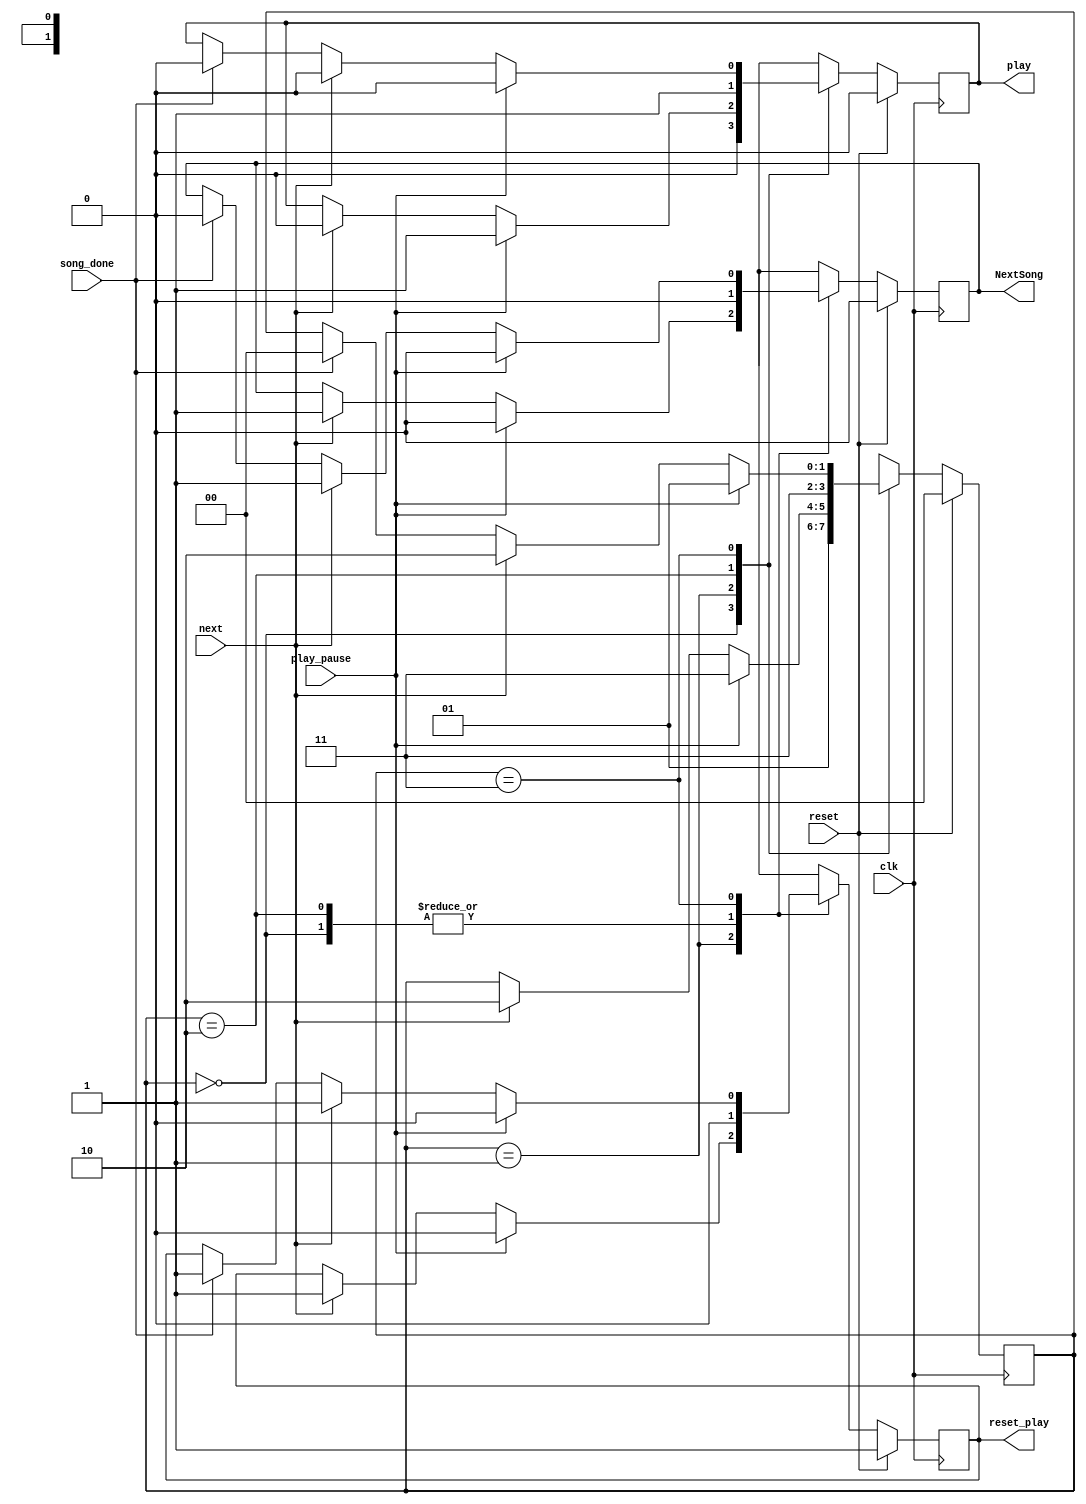
////////////////////////////////////////////////////////////////////////////////
// Company: zju
////////////////////////////////////////////////////////////////////////////////

module mcu_controler(clk,reset,play_pause,next,play,reset_play,song_done,NextSong);
	parameter RESET = 2'b00, PAUSE = 2'b01, NEXT = 2'b10, PLAY = 2'b11;
	input clk,reset,play_pause,next,song_done;
	output reg play,reset_play,NextSong;
	reg[1:0] state = RESET;			//initialization
	
	always @(posedge clk) begin
		if(reset) begin
			state = RESET; play = 0; NextSong = 0; reset_play = 1;
		end
		else begin
			case(state)
				RESET: begin
					state = PAUSE; play = 0; NextSong = 0; reset_play = 0;
				end
				PAUSE: begin
					if(play_pause) begin
						state = PLAY; play = 1; NextSong = 0; reset_play = 0;
					end
					else if(next) begin
						state = NEXT; play = 0; NextSong = 1; reset_play = 1;
					end
				end
				NEXT: begin
					state = PLAY; play = 1; NextSong = 0; reset_play = 0;
				end
				PLAY: begin
					if(play_pause) begin
						state = PAUSE; play = 0; NextSong = 0; reset_play = 0;
					end
					else if(next) begin
						state = NEXT; NextSong = 1; play = 0; reset_play = 1;
					end
					else if(song_done) begin
                        state = RESET; NextSong = 0; play = 0; reset_play = 1;
                    end
				end
				default: begin
					state = PAUSE; NextSong = 0; play = 0; reset_play = 0;
				end
			endcase
		end
	end
endmodule